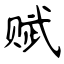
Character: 赋